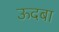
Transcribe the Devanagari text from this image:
ऊदबा